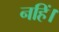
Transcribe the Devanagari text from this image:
नहिं।